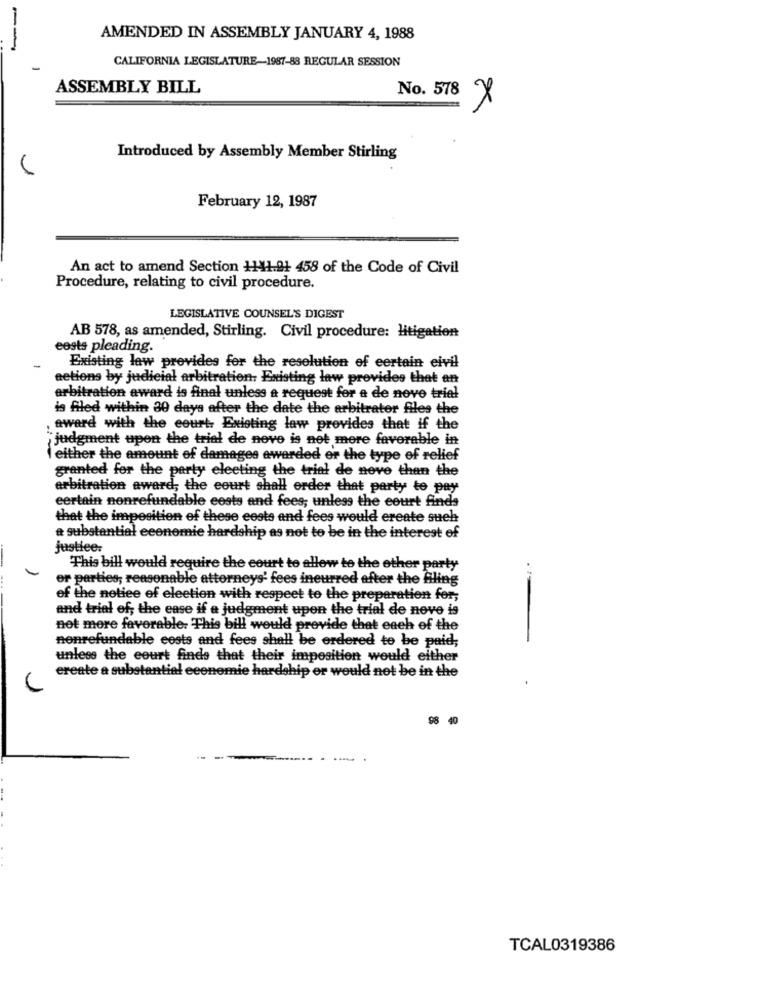
AMENDED IN ASSEMBLY JANUARY 4, 1988
CALIFORNIA LEGISLATURE-1987-88 REGULAR SESSION
ASSEMBLY BILL
No. 578 X
Introduced by Assembly Member Stirling
February 12, 1987
An act to amend Section 1141.91 458 of the Code of Civil
Procedure, relating to civil procedure.
LEGISLATIVE COUNSEL'S DIGEST
AB 578, as amended, Stirling. Civil procedure: litigation
eests pleading.
Existing law provides for the resolution of certain eivil
actions by judicial arbitration. Existing law provides that an
arbitration award is final unless a request for a de nove trial
is filed within 30 days after the date the arbitrator files the
award with the court- Existing law provides that if the
"judgment upon the trial de nove is net more favorable in
I either the amount of damages awarded er the type of relief
granted for the party electing the trial de neve than the
arbitration award; the court shall order that party to pay
certain nonrefundable costs and fees; unless the court finds
that the imposition of these costs and fees would ereate such
a substantial economie hardship as not to be in the interest of
justice:
This bill would require the court to allow to the other party
or parties; reasonable attorneys' fees incurred after the Ailing
.-
of the notice of election with respect to the preparation for;
and trial of; the ease if a judgment upon the trial de nove is
not more favorable. This bill would provide that each of the
nonrefundable costs and fees shall be ordered to be paid;
unless the court finde that their imposition would either
create a substantial economie hardship or would not be in the
98 40
TCAL0319386